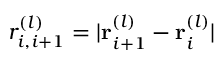
r _ { i , i + 1 } ^ { ( l ) } = | { \bf r } _ { i + 1 } ^ { ( l ) } - { \bf r } _ { i } ^ { ( l ) } |